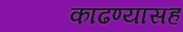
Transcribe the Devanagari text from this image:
काढण्यासह